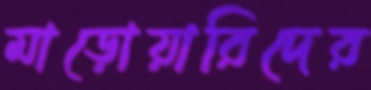
মাড়োয়ারিদের